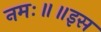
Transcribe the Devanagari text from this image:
नमः॥॥इस